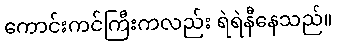
ကောင်းကင်ကြီးကလည်း ရဲရဲနီနေသည်။